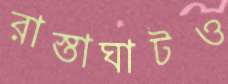
রাস্তাঘাটও